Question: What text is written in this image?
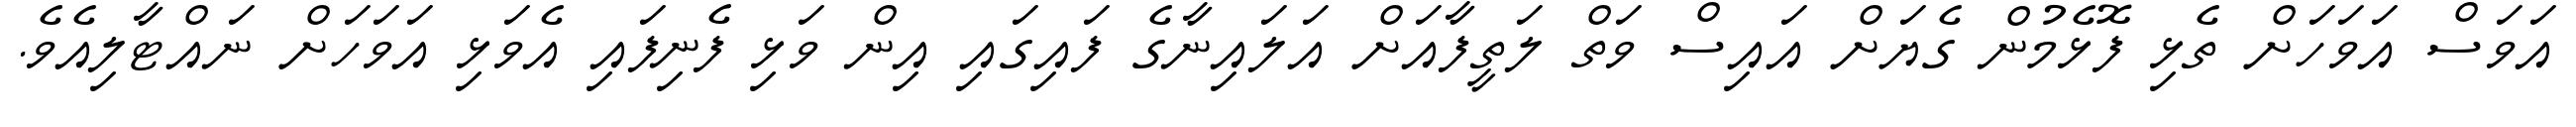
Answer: އަވަސް އަވަހަށް ތެޅި ފޮޅެމުން ގެޔަށް އައިސް ވަތް ލަތީފާއަށް އަލައިނާގެ ފައިގައި އިން ވަޅި ފެނިފައި އެވަޅި އަވަހަށް ނައްޓާލިއެވެ.